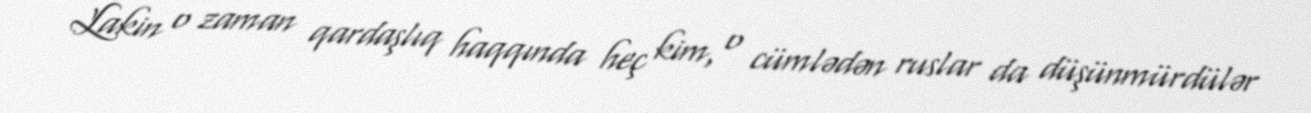
Lakin o zaman qardaşlıq haqqında heç kim, o cümlədən ruslar da düşünmürdülər